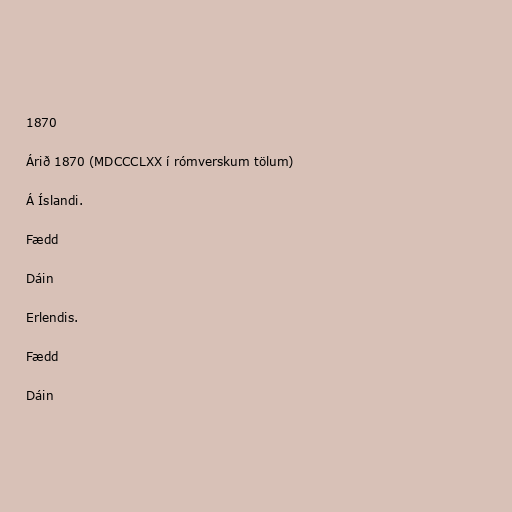
1870

Árið 1870 (MDCCCLXX í rómverskum tölum)

Á Íslandi.

Fædd

Dáin

Erlendis.

Fædd

Dáin